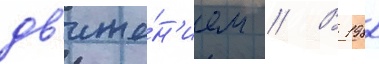
дв'иже́н'ием // В 1982